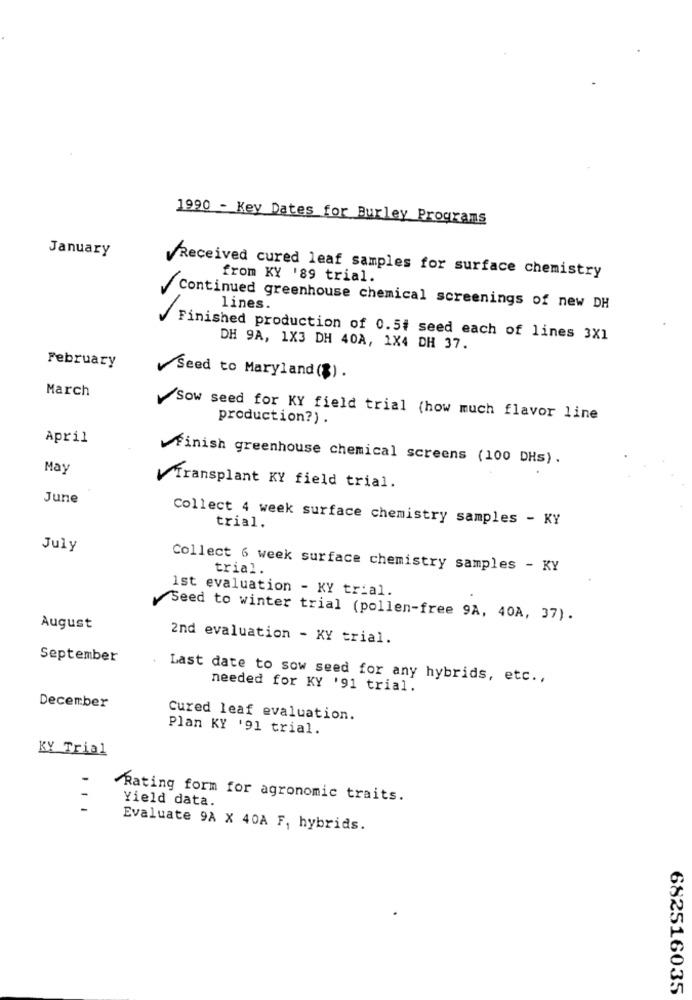
1990 - Key Dates for Burley Programs
January
Received cured leaf samples for surface chemistry
from KY '89 trial.
Continued greenhouse chemical screenings of new DH
lines.
Finished production of 0.5# seed each of lines 3X1
DH 9A, 1X3 DH 40A, 1X4 DH 37.
February
Seed to Maryland (%).
March
Sow seed for KY field trial (how much flavor line
production?) .
April
Finish greenhouse chemical screens (100 DHs) .
May
Transplant KY field trial.
June
Collect 4 week surface chemistry samples - KY
trial.
July
Collect 6 week surface chemistry samples - KY
trial.
Ist evaluation - KY trial.
Seed to winter trial (pollen-free 9A, 40A, 37).
August
2nd evaluation - KY trial.
September
Last date to sow seed for any hybrids, etc .,
needed for KY '91 trial.
December
Cured leaf evaluation.
Plan KY '91 trial.
KY Trial
Rating form for agronomic traits.
Yield data.
Evaluate 9A X 40A F, hybrids.
682516035